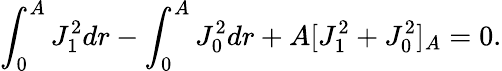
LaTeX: \int_{0}^{A}J_{1}^{2}dr-\int_{0}^{A}J_{0}^{2}dr+A[J_{1}^{2}+J_{0}^{2}]_{A}=0.